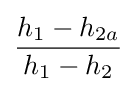
{\frac {h_{1}-h_{2a}}{h_{1}-h_{2}}}